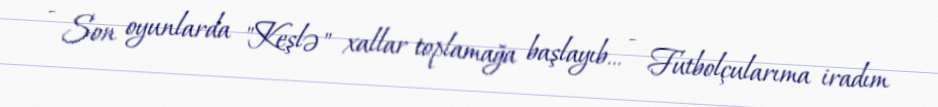
- Son oyunlarda "Keşlə" xallar toplamağa başlayıb... - Futbolçularıma iradım